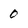
Character: 0